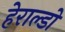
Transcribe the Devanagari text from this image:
हेराल्डो